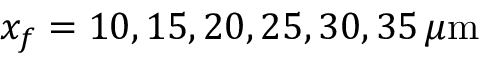
x _ { f } = 1 0 , 1 5 , 2 0 , 2 5 , 3 0 , 3 5 \, \mu \mathrm { m }